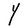
Character: Y